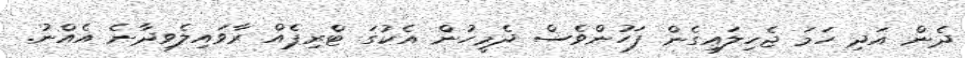
ދެން އަދި ހަމަ ޖެހިލައިގެން ފަހުންވެސް ދެމީހުން އެކުގަ ޓްރިޕެއް ރާވައިލެވިދާނެ އެއްނު.